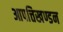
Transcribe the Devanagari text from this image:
आपत्तिखण्डन